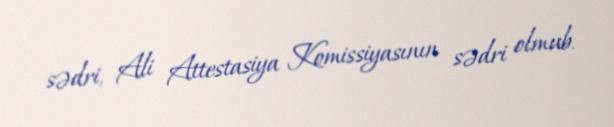
sədri, Ali Attestasiya Komissiyasının sədri olmub.